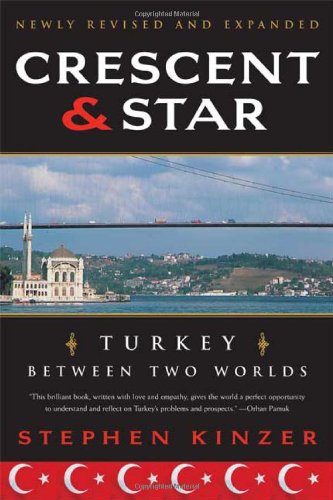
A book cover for Crescent and Star: Turkey Between Two Worlds; Stephen Kinzer; History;